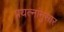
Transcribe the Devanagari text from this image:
प्रयत्नांनुसार